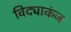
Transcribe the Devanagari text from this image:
विद्याकंज